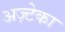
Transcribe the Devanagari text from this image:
अज़्टेका